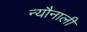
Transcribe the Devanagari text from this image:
न्यौनाली